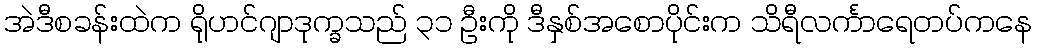
အဲဒီစခန်းထဲက ရိုဟင်ဂျာဒုက္ခသည် ၃၁ ဦးကို ဒီနှစ်အစောပိုင်းက သိရီလင်္ကာရေတပ်ကနေ